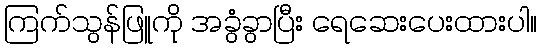
ကြက်သွန်ဖြူကို အခွံခွာပြီး ရေဆေးပေးထားပါ။